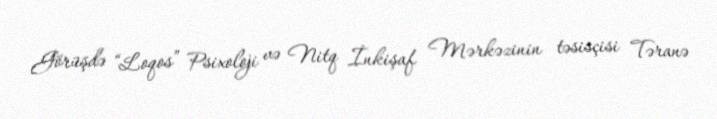
Görüşdə “Loqos” Psixoloji və Nitq İnkişaf Mərkəzinin təsisçisi Təranə